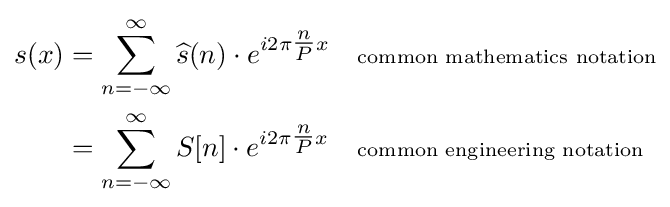
{\begin{aligned}s(x)&=\sum _{n=-\infty }^{\infty }{\widehat {s}}(n)\cdot e^{i2\pi {\tfrac {n}{P}}x}&&\scriptstyle {\text{common mathematics notation}}\\&=\sum _{n=-\infty }^{\infty }S[n]\cdot e^{i2\pi {\tfrac {n}{P}}x}&&\scriptstyle {\text{common engineering notation}}\end{aligned}}